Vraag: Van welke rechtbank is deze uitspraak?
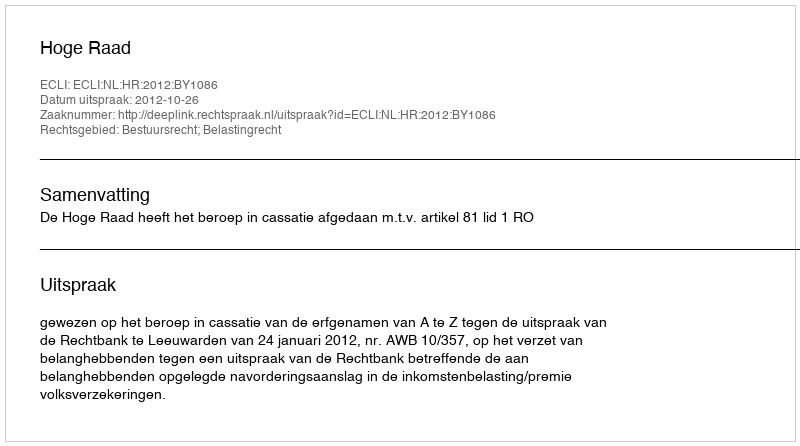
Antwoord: Hoge Raad